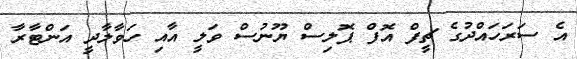
އެ ސަރަހައްދުގެ ޗީފް އޮފް ޕޮލިސް ޔޫނުސް ވަލީ އާއި ހަވާލާދީ އަންޓާރާ